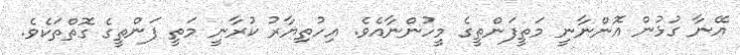
އޭނާ ގުޅުން އޮންނާނީ މަތީފަންތީގެ މީހުންނާއެވެ. އިހުތިޔާރު ކުރާނީ މަތީ ފަންތީގެ ގޮތްތަކެވެ.